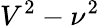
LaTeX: V^{2}-\nu^{2}